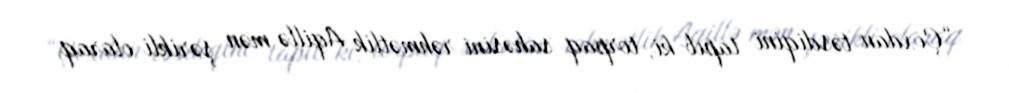
“Çoxdan təsdiqini tapıb ki, torpaq sahəsini rəhmətlik Aqillə mən şərikli olaraq